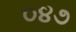
૦૪૭